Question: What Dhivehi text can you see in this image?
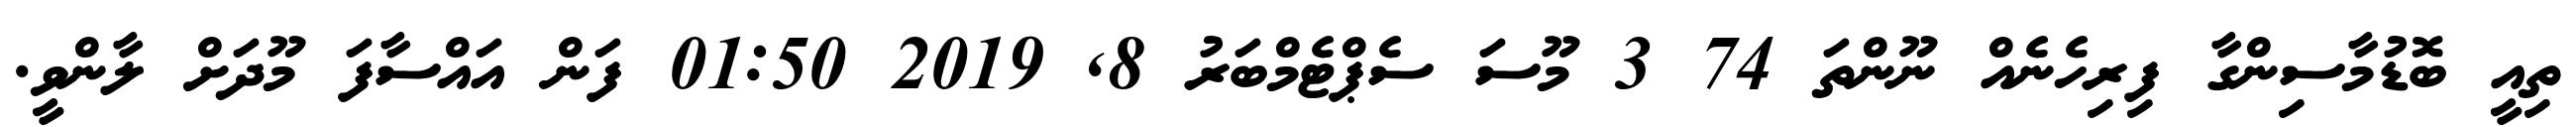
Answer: ތިއީ ބޮޑުމާސިންގާ ފިރިހެނެއް ނޫންތަ 74 3 މޫސަ ސެޕްޓެމްބަރު 8, 2019 01:50 ފަން އައްސާފަ މޫދަށް ލާންވީ.